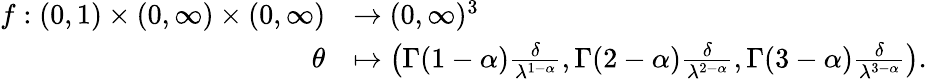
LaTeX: \begin{array}{rl}{f:(0,1)\times(0,\infty)\times(0,\infty)}&{\to(0,\infty)^{3}}\\ {\theta}&{\mapsto\left(\Gamma(1-\alpha)\frac{\delta}{\lambda^{1-\alpha}},\Gamma(2-\alpha)\frac{\delta}{\lambda^{2-\alpha}},\Gamma(3-\alpha)\frac{\delta}{\lambda^{3-\alpha}}\right).}\end{array}